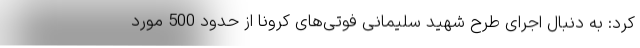
کرد: به دنبال اجرای طرح شهید سلیمانی فوتی‌های کرونا از حدود 500 مورد